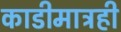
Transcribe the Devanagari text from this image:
काडीमात्रही